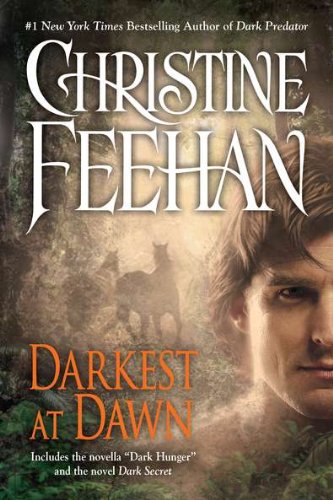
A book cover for Darkest at Dawn; Christine Feehan; Romance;